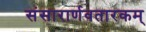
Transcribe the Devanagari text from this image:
संसारार्णवतारकम्